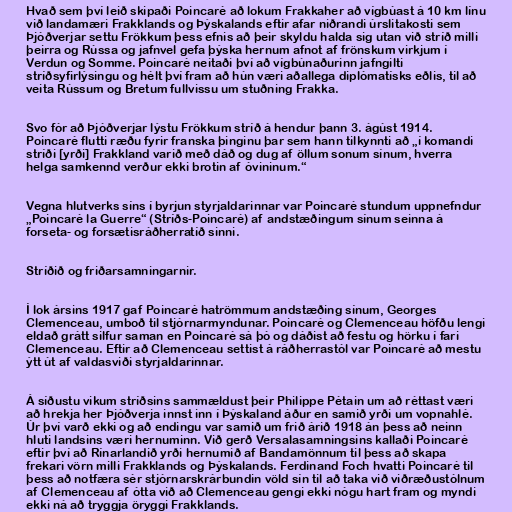
Hvað sem því leið skipaði Poincaré að lokum Frakkaher að vígbúast á 10 km línu
við landamæri Frakklands og Þýskalands eftir afar niðrandi úrslitakosti sem
Þjóðverjar settu Frökkum þess efnis að þeir skyldu halda sig utan við stríð milli
þeirra og Rússa og jafnvel gefa þýska hernum afnot af frönskum virkjum í
Verdun og Somme. Poincaré neitaði því að vígbúnaðurinn jafngilti
stríðsyfirlýsingu og hélt því fram að hún væri aðallega diplómatísks eðlis, til að
veita Rússum og Bretum fullvissu um stuðning Frakka.

Svo fór að Þjóðverjar lýstu Frökkum stríð á hendur þann 3. ágúst 1914.
Poincaré flutti ræðu fyrir franska þinginu þar sem hann tilkynnti að „í komandi
stríði [yrði] Frakkland varið með dáð og dug af öllum sonum sínum, hverra
helga samkennd verður ekki brotin af óvininum.“

Vegna hlutverks síns í byrjun styrjaldarinnar var Poincaré stundum uppnefndur
„Poincaré la Guerre“ (Stríðs-Poincaré) af andstæðingum sínum seinna á
forseta- og forsætisráðherratíð sinni.

Stríðið og friðarsamningarnir.

Í lok ársins 1917 gaf Poincaré hatrömmum andstæðing sínum, Georges
Clemenceau, umboð til stjórnarmyndunar. Poincaré og Clemenceau höfðu lengi
eldað grátt silfur saman en Poincaré sá þó og dáðist að festu og hörku í fari
Clemenceau. Eftir að Clemenceau settist á ráðherrastól var Poincaré að mestu
ýtt út af valdasviði styrjaldarinnar.

Á síðustu vikum stríðsins sammældust þeir Philippe Pétain um að réttast væri
að hrekja her Þjóðverja innst inn í Þýskaland áður en samið yrði um vopnahlé.
Úr því varð ekki og að endingu var samið um frið árið 1918 án þess að neinn
hluti landsins væri hernuminn. Við gerð Versalasamningsins kallaði Poincaré
eftir því að Rínarlandið yrði hernumið af Bandamönnum til þess að skapa
frekari vörn milli Frakklands og Þýskalands. Ferdinand Foch hvatti Poincaré til
þess að notfæra sér stjórnarskrárbundin völd sín til að taka við viðræðustólnum
af Clemenceau af ótta við að Clemenceau gengi ekki nógu hart fram og myndi
ekki ná að tryggja öryggi Frakklands.